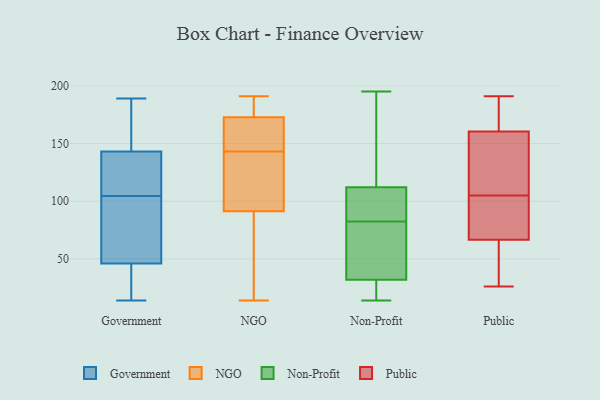
{"axis": {"x": "Customer Acquisition Cost (USD)", "y": "Value"}, "legend": ["Government", "NGO", "Non-Profit", "Public"], "data": [{"x": "", "y": 58, "type": "Government"}, {"x": "", "y": 180, "type": "Government"}, {"x": "", "y": 189, "type": "Government"}, {"x": "", "y": 14, "type": "Government"}, {"x": "", "y": 116, "type": "Government"}, {"x": "", "y": 143, "type": "Government"}, {"x": "", "y": 125, "type": "Government"}, {"x": "", "y": 19, "type": "Government"}, {"x": "", "y": 46, "type": "Government"}, {"x": "", "y": 93, "type": "Government"}, {"x": "", "y": 191, "type": "NGO"}, {"x": "", "y": 163, "type": "NGO"}, {"x": "", "y": 92, "type": "NGO"}, {"x": "", "y": 14, "type": "NGO"}, {"x": "", "y": 15, "type": "NGO"}, {"x": "", "y": 91, "type": "NGO"}, {"x": "", "y": 176, "type": "NGO"}, {"x": "", "y": 178, "type": "NGO"}, {"x": "", "y": 145, "type": "NGO"}, {"x": "", "y": 100, "type": "NGO"}, {"x": "", "y": 143, "type": "NGO"}, {"x": "", "y": 37, "type": "Non-Profit"}, {"x": "", "y": 94, "type": "Non-Profit"}, {"x": "", "y": 195, "type": "Non-Profit"}, {"x": "", "y": 99, "type": "Non-Profit"}, {"x": "", "y": 23, "type": "Non-Profit"}, {"x": "", "y": 105, "type": "Non-Profit"}, {"x": "", "y": 182, "type": "Non-Profit"}, {"x": "", "y": 14, "type": "Non-Profit"}, {"x": "", "y": 69, "type": "Non-Profit"}, {"x": "", "y": 59, "type": "Non-Profit"}, {"x": "", "y": 91, "type": "Non-Profit"}, {"x": "", "y": 149, "type": "Non-Profit"}, {"x": "", "y": 24, "type": "Non-Profit"}, {"x": "", "y": 119, "type": "Non-Profit"}, {"x": "", "y": 29, "type": "Non-Profit"}, {"x": "", "y": 138, "type": "Non-Profit"}, {"x": "", "y": 26, "type": "Non-Profit"}, {"x": "", "y": 35, "type": "Non-Profit"}, {"x": "", "y": 74, "type": "Non-Profit"}, {"x": "", "y": 98, "type": "Non-Profit"}, {"x": "", "y": 105, "type": "Public"}, {"x": "", "y": 54, "type": "Public"}, {"x": "", "y": 74, "type": "Public"}, {"x": "", "y": 189, "type": "Public"}, {"x": "", "y": 191, "type": "Public"}, {"x": "", "y": 26, "type": "Public"}, {"x": "", "y": 78, "type": "Public"}, {"x": "", "y": 126, "type": "Public"}, {"x": "", "y": 139, "type": "Public"}, {"x": "", "y": 49, "type": "Public"}, {"x": "", "y": 81, "type": "Public"}, {"x": "", "y": 162, "type": "Public"}, {"x": "", "y": 163, "type": "Public"}, {"x": "", "y": 64, "type": "Public"}, {"x": "", "y": 156, "type": "Public"}]}